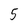
Character: 5